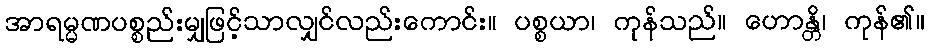
အာရမ္မဏပစ္စည်းမျှဖြင့်သာလျှင်လည်းကောင်း။ ပစ္စယာ၊ ကုန်သည်။ ဟောန္တိ၊ ကုန်၏။